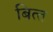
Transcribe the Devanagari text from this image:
बित्‍त